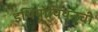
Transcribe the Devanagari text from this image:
इथियोपियनची